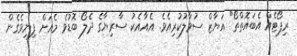
ރިޕޯޓެއް އެބައޮތްތޯ" އަޔާޒް ސުވާލުކުރިއެވެ. އެއާއެކު ސާރިޔާގެ ދެލޯ ބޮޑުވެ މެއަށް ފިނިވެގެން